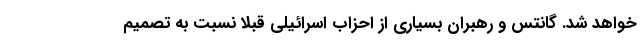
خواهد شد. گانتس و رهبران بسیاری از احزاب اسرائیلی قبلا نسبت به تصمیم